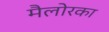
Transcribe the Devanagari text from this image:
मैलोरका